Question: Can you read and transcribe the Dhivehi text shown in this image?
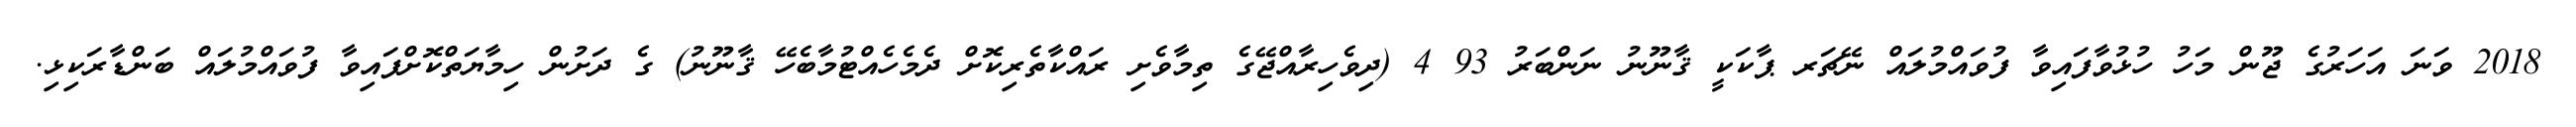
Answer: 2018 ވަނަ އަހަރުގެ ޖޫން މަހު ހުޅުވާފައިވާ ފުވައްމުލައް ނޭޗަރ ޕާކަކީ ޤާނޫނު ނަންބަރު 93 4 (ދިވެހިރާއްޖޭގެ ތިމާވެށި ރައްކާތެރިކޮށް ދެމެހެއްޓުމާބެހޭ ޤާނޫނު) ގެ ދަށުން ހިމާޔަތްކޮށްފައިވާ ފުވައްމުލައް ބަންޑާރަކިޅި.